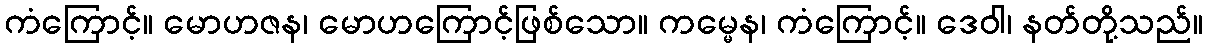
ကံကြောင့်။ မောဟဇန၊ မောဟကြောင့်ဖြစ်သော။ ကမ္မေန၊ ကံကြောင့်။ ဒေဝါ၊ နတ်တို့သည်။